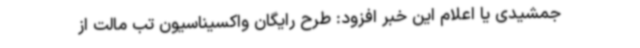
جمشیدی یا اعلام این خبر افزود: طرح رایگان واکسیناسیون تب مالت از